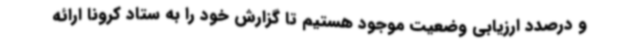
و درصدد ارزیابی وضعیت موجود هستیم تا گزارش خود را به ستاد کرونا ارائه